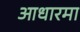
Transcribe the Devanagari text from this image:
आधारमा